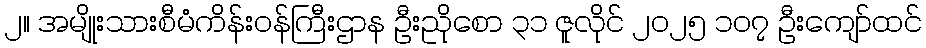
၂။ အမျိုးသားစီမံကိန်းဝန်ကြီးဌာန ဦးညိုစော ၃၁ ဇူလိုင် ၂၀၂၅ ၁၀၇ ဦးကျော်ထင်